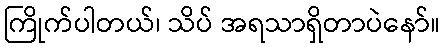
ကြိုက်ပါတယ်၊ သိပ် အရသာရှိတာပဲနော်။